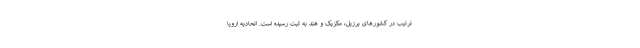
ترتیب در کشورهای برزیل، مکزیک و هند به ثبت رسیده است. اتحادیه اروپا